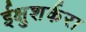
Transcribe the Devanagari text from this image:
ईक्षुशर्करा